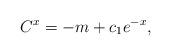
LaTeX: \begin{align*}C^{x}=-m+c_{1}e^{-x},\end{align*}